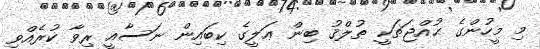
މި މީހުންގެ ޙުއްޖަތަކީ ޠުލްޤު ބިން ޢަލީގެ ކިބައިން ނަސާއީ ރިވާ ކުރެއްވި